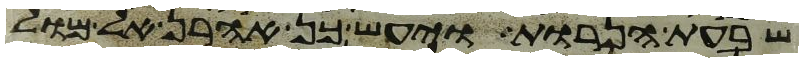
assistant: שבעת הנרות ויעש כן אהרן אל מול